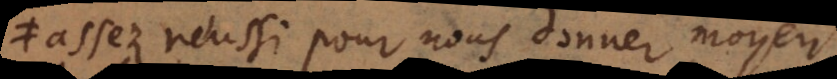
assez reussi pour nous donner moyen